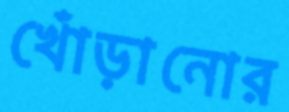
খোঁড়ানোর